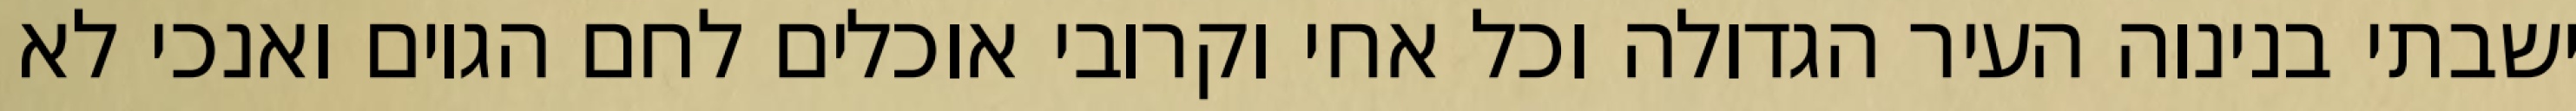
ישבתי בנינוה העיר הגדולה וכל אחי וקרובי אוכלים לחם הגוים ואנכי לא